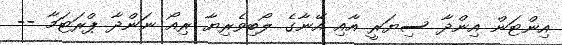
އިންޓަން އިންދާ ސިޔަރީ އާއި އޭނާގެ ލޯބިވެރިޔާ ރިއޯ ނަންދާ ޕްރަޓަމާ --